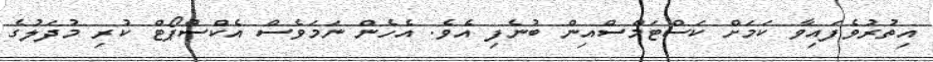
އިތުރުވެފައިވާ ކަމަށް ކަސްޓަމްސްއިން ބުނެފި އެވެ. އެހެން ނަމަވެސް އެކްސްޕޯޓް ކުރި މުދަލުގެ